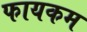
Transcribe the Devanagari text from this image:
फायकम